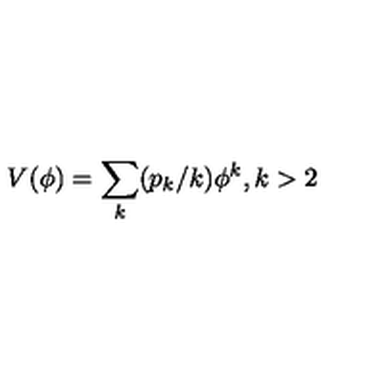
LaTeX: V ( \phi ) = \sum _ { k } ( p _ { k } / k ) \phi ^ { k } , k > 2